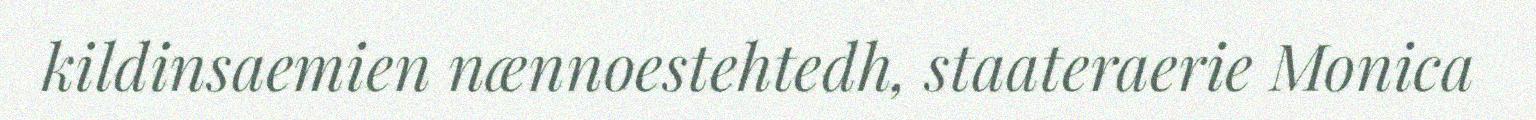
kildinsaemien nænnoestehtedh, staateraerie Monica